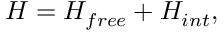
H = H _ { f r e e } + H _ { i n t } ,